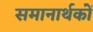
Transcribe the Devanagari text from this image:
समानार्थकों